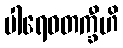
ပါရေဝတက္ခီဟိ